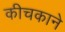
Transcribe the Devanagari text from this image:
कीचकाने